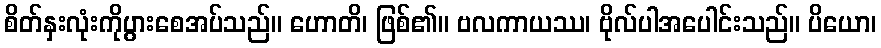
စိတ်နှးလုံးကိုပွားစေအပ်သည်။ ဟောတိ၊ ဖြစ်၏။ ဗလကာယဿ၊ ဗိုလ်ပါအပေါင်းသည်။ ပိယော၊